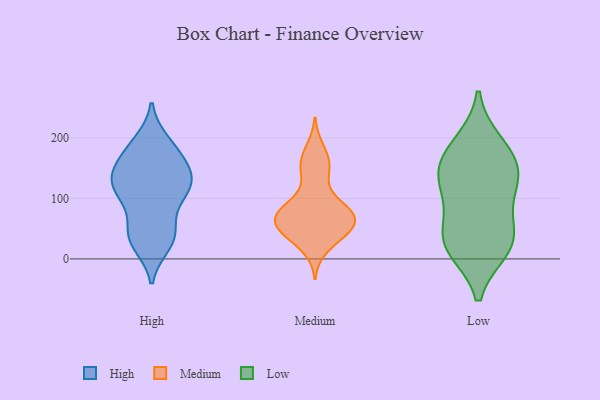
{"axis": {"x": "Tickets Resolved", "y": "Value"}, "legend": ["High", "Low", "Medium"], "data": [{"x": "", "y": 38, "type": "High"}, {"x": "", "y": 180, "type": "High"}, {"x": "", "y": 25, "type": "High"}, {"x": "", "y": 38, "type": "High"}, {"x": "", "y": 118, "type": "High"}, {"x": "", "y": 183, "type": "High"}, {"x": "", "y": 133, "type": "High"}, {"x": "", "y": 192, "type": "High"}, {"x": "", "y": 98, "type": "High"}, {"x": "", "y": 167, "type": "High"}, {"x": "", "y": 111, "type": "High"}, {"x": "", "y": 127, "type": "High"}, {"x": "", "y": 142, "type": "High"}, {"x": "", "y": 47, "type": "High"}, {"x": "", "y": 35, "type": "High"}, {"x": "", "y": 103, "type": "High"}, {"x": "", "y": 145, "type": "High"}, {"x": "", "y": 131, "type": "High"}, {"x": "", "y": 76, "type": "Medium"}, {"x": "", "y": 152, "type": "Medium"}, {"x": "", "y": 62, "type": "Medium"}, {"x": "", "y": 85, "type": "Medium"}, {"x": "", "y": 133, "type": "Medium"}, {"x": "", "y": 72, "type": "Medium"}, {"x": "", "y": 74, "type": "Medium"}, {"x": "", "y": 41, "type": "Medium"}, {"x": "", "y": 181, "type": "Medium"}, {"x": "", "y": 73, "type": "Medium"}, {"x": "", "y": 83, "type": "Medium"}, {"x": "", "y": 151, "type": "Medium"}, {"x": "", "y": 48, "type": "Medium"}, {"x": "", "y": 48, "type": "Medium"}, {"x": "", "y": 167, "type": "Medium"}, {"x": "", "y": 37, "type": "Medium"}, {"x": "", "y": 19, "type": "Medium"}, {"x": "", "y": 60, "type": "Medium"}, {"x": "", "y": 51, "type": "Medium"}, {"x": "", "y": 87, "type": "Medium"}, {"x": "", "y": 35, "type": "Low"}, {"x": "", "y": 23, "type": "Low"}, {"x": "", "y": 153, "type": "Low"}, {"x": "", "y": 191, "type": "Low"}, {"x": "", "y": 29, "type": "Low"}, {"x": "", "y": 132, "type": "Low"}, {"x": "", "y": 178, "type": "Low"}, {"x": "", "y": 17, "type": "Low"}, {"x": "", "y": 137, "type": "Low"}, {"x": "", "y": 76, "type": "Low"}, {"x": "", "y": 119, "type": "Low"}]}